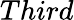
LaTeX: Third